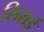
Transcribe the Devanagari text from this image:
सिराई